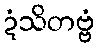
ဍံသိတဗ္ဗံ